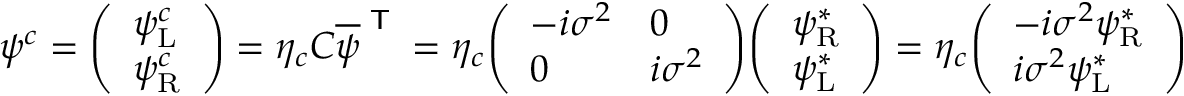
\psi ^ { c } = { \left( \begin{array} { l } { \psi _ { \mathrm { L } } ^ { c } } \\ { \psi _ { \mathrm { R } } ^ { c } } \end{array} \right) } = \eta _ { c } C { \overline { { \psi } } } ^ { \textsf { T } } = \eta _ { c } { \left( \begin{array} { l l } { - i \sigma ^ { 2 } } & { 0 } \\ { 0 } & { i \sigma ^ { 2 } } \end{array} \right) } { \left( \begin{array} { l } { \psi _ { \mathrm { R } } ^ { * } } \\ { \psi _ { \mathrm { L } } ^ { * } } \end{array} \right) } = \eta _ { c } { \left( \begin{array} { l } { - i \sigma ^ { 2 } \psi _ { \mathrm { R } } ^ { * } } \\ { i \sigma ^ { 2 } \psi _ { \mathrm { L } } ^ { * } } \end{array} \right) }